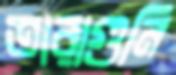
তারাগুনি